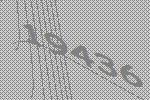
19436